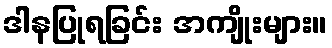
ဒါနပြုရခြင်း အကျိုးများ။